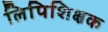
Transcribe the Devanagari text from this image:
लिपिशिक्षक